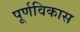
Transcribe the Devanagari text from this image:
पूर्णविकास